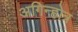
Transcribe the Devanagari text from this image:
अगिन्होत्र